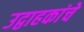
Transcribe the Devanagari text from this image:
उद्वाहकांचे